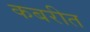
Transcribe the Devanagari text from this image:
कबरीत